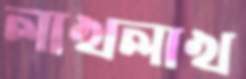
লাখলাখ